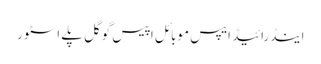
اینڈرائیڈ ایپس موبائل اپیس گوگل پلے اسٹور